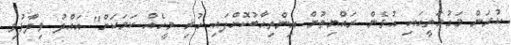
ކުރަން މަގުމަތީގައި އުޅެން ރައްޔިތުން އިންތިހާބުކޮށްފައި ހުރި މީހެއް ކަމަކަށް" އައްދު ވިދާޅުވި